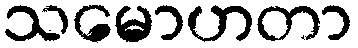
သမောဟတာ